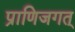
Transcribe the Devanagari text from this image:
प्राणिजगत्